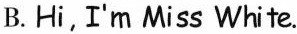
B.Hi,I'm Miss White.